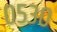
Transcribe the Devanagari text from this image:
०५३०